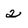
Character: 2